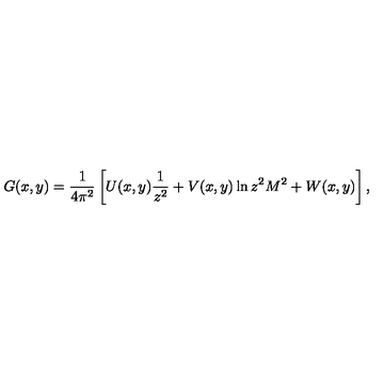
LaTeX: G ( x , y ) = { \frac { 1 } { 4 \pi ^ { 2 } } } \left[ U ( x , y ) { \frac { 1 } { z ^ { 2 } } } + V ( x , y ) \ln z ^ { 2 } M ^ { 2 } + W ( x , y ) \right] ,